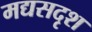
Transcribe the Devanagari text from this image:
मद्यसदृश